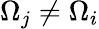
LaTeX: \Omega_{j}\ne\Omega_{i}